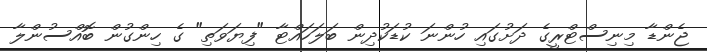
ޖެންޑާ މިނިސްޓްރީގެ ދަށުގައި ހުންނަ ކުޑަކުދިން ބަލަހައްޓާ "ފިޔަވަތި" ގެ ހިންގުން ބޮއްސުންލާ